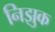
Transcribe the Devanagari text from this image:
निझुक